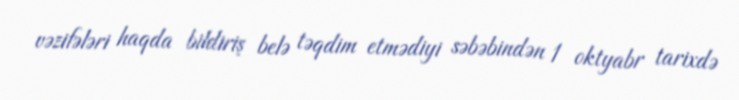
vəzifələri haqda bildiriş belə təqdim etmədiyi səbəbindən 1 oktyabr tarixdə